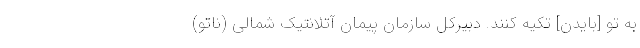
به تو [بایدن] تکیه کنند. دبیرکل سازمان پیمان آتلانتیک شمالی (ناتو)